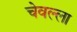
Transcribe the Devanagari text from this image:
चेवल्ला